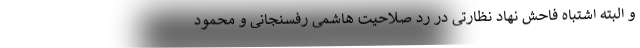
و البته اشتباه فاحش نهاد نظارتی در رد صلاحیت هاشمی رفسنجانی و محمود